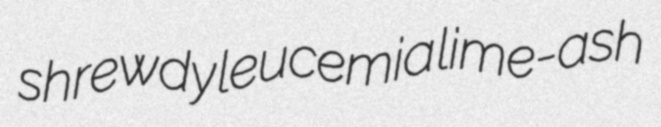
shrewdy leucemia lime-ash